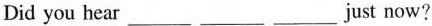
Did you hear___just now?